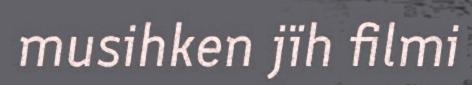
musihken jïh filmi